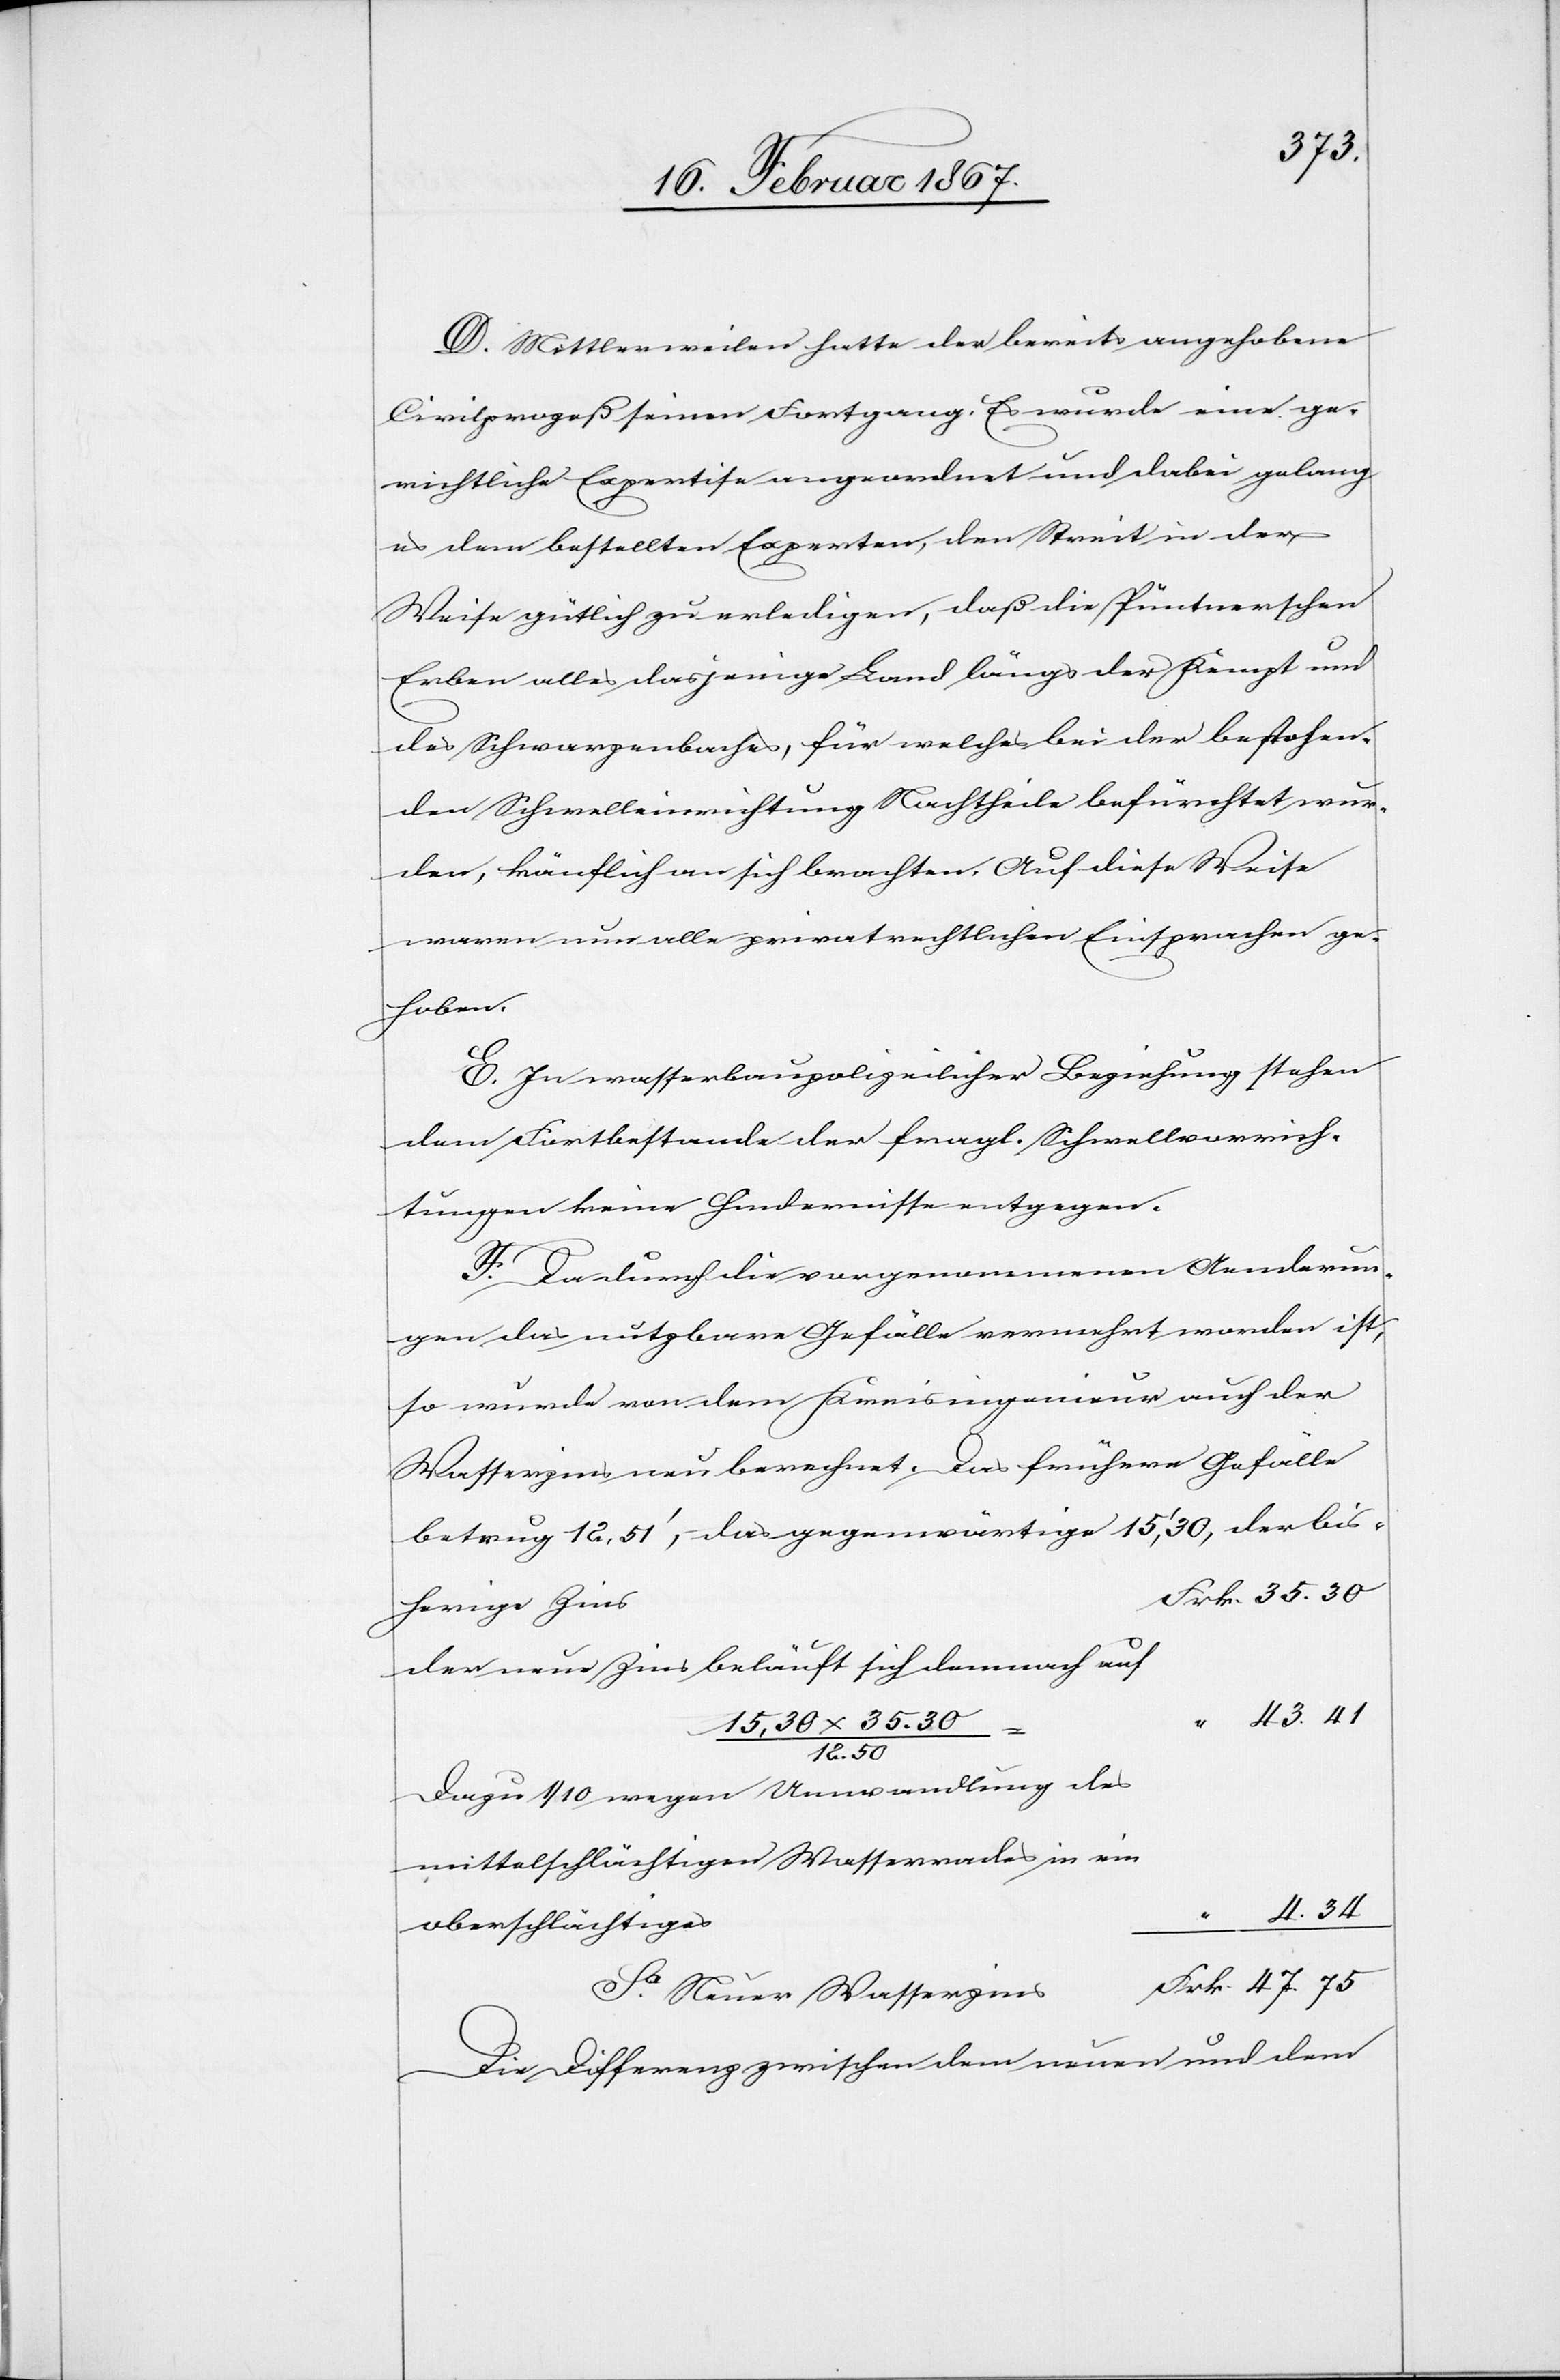
D. Mittlerweilen hatte der bereits angehobene
Civilprozeß seinen Fortgang. Es wurde eine ge¬
richtliche Expertise angeordnet und dabei gelang
es dem bestellten Experten, den Streit in der
Weise gütlich zu erledigen, daß die Püntnersche
Erben alles dasjenige Land längs der Kempt und
des Schwarzenbaches, für welches bei der bestehen¬
den Schwelleinrichtung Nachtheile befürchtet wur¬
den, käuflich an sich brachten. Auf diese Weise
waren nun alle privatrechtlichen Einsprachen ge¬
hoben.
E. In wasserbaupolizeilicher Beziehung stehen
dem Fortbestande der fragl. Schwellvorrich¬
tungen keine Hindernisse entgegen.
F. Da durch die vorgenommenen Aenderun¬
gen das nutzbare Gefälle vermehrt worden ist,
so wurde von dem Kreisingenieur auch der
Wasserzins neu berechnet. Das frühere Gefälle
betrug 12,51’, das gegenwärtige 15,’30, der bis¬
der neue Zins beläuft sich demnach auf
Neuer
47. 75
Dazu 1/10 wegen Umwandlung des
mittelschlächtigen Wasserrades in ein
4. 34
G.
Die Differenz zwischen dem neuen und dem